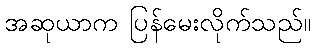
အဆုယာက ပြန်မေးလိုက်သည်။